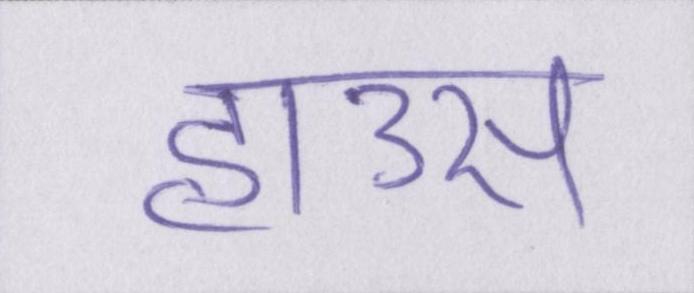
हाउस